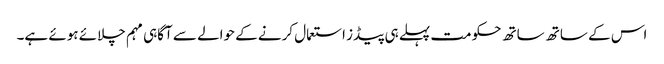
اس کے ساتھ ساتھ حکومت پہلے ہی پیڈز استعمال کرنے کے حوالے سے آگاہی مہم چلائے ہوئے ہے۔